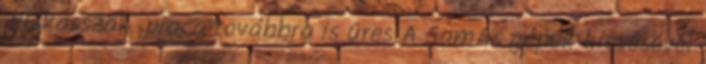
"kiskasszák" piaca továbbra is üres A Sam4s gépek kiesésével